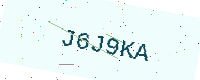
Text: J6J9KA